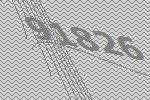
91826